Punjab Mental Hospital Lahore 1922-31 - 1922-1931
Year: 1922
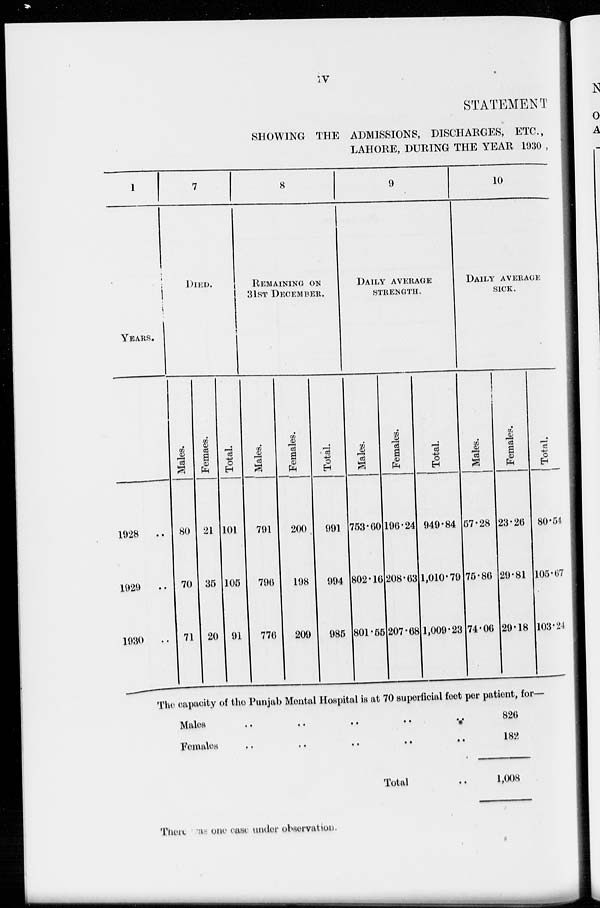
iv
STATEMENT
SHOWING THE ADMISSIONS, DISCHARGES, ETC.
LAHORE, DURING THE YEAR 1930
1
YEARS.
1928
..
1929
..
1930
..
7
DIED.
Males.
80
70
71
Females.
21
35
20
Total.
101
105
91
8
REMAINING ON
31ST DECEMBER.
Males.
791
796
776
Females.
200
198
209
Total.
991
994
985
9
DAILY AVERAGE
STRENGTH.
Males.
753.60
802.16
801.55
Females.
196.24
208.63
207.68
Total.
949.84
1,010.79
1,009.23
10
DAILY AVERAGE
SICK.
Males.
57.28
75.86
74.06
Females.
23.26
29.81
29.18
Total.
80.54
105.67
103.24
The capacity of the Punjab Mental Hospital is at 70 superficial feet per patient, for—
Males
..
..
..
..
..
Females
..
..
..
..
..
Total ..
There was one case under observation.
826
182
1,008